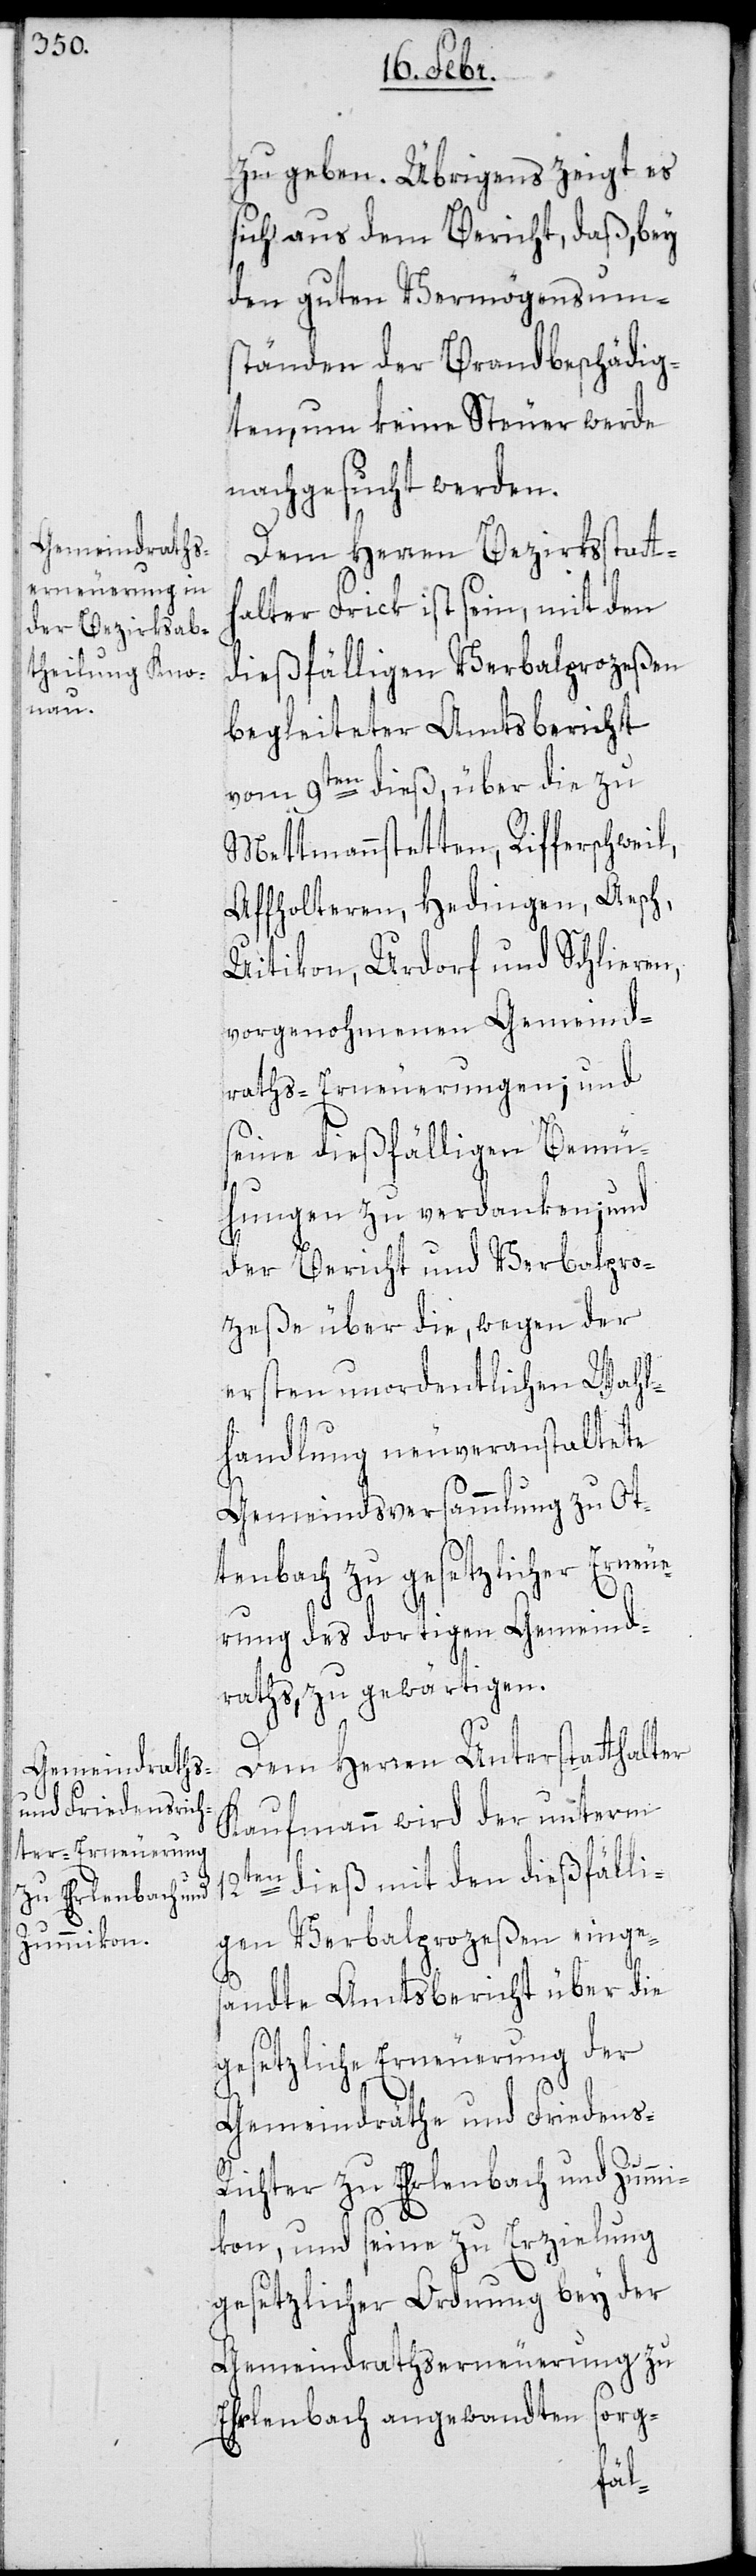
zu geben. Übrigens zeigt es
sich aus dem Bericht, daß, bey
den guten Vermögensum¬
ständen der Brandbeschädig¬
ten, um keine Steuer werde
nachgesucht werden.
Dem Herren Bezirksstatth¬
alter Frick ist sein, mit den
dießfälligen Verbalprozeßen
begleiteter Amtsbericht
vom 9ten dieß, über die zu
Mettmannstetten, Rifferschweil,
Affholteren, Hedingen, Aesch,
Uitikon, Urdorf und Schlieren,
vorgenohmenen Gemeind¬
raths-Erneuerungen; und
seine dießfälligen Bemü¬
hungen zu verdanken; und
der Bericht und Verbalpro¬
zeße über die, wegen der
ersten unordentlichen Wahl¬
handlung neuveranstaltete
Gemeindsversammlung zu Ot¬
tenbach zu gesetzlicher Erneue¬
rung des dortigen Gemeind¬
raths, zu gewärtigen.
Dem Herren Unterstatthalter
Kaufmann wird der unterm
12ten dieß mit den dießfälli¬
gen Verbalprozeßen einges¬
andte Amtsbericht über die
gesetzliche Erneuerung der
Gemeindräthe und Friedens-R¬
ichter zu Erlenbach und Zummi¬
kon, und seine zu Erzielung
gesetzlicher Ordnung bey der
Gemeindrathserneuerung zu
org-
Erlenbach angewandten
s¬